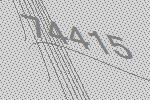
74415